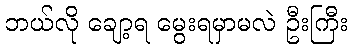
ဘယ်လို ချော့ရ မွေးရမှာမလဲ ဦးကြီး